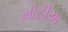
મોટીયા